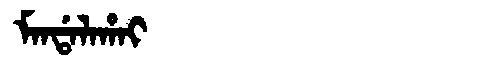
Manchu: ᠮᠠᠨᡩᠠᠯᠠᡥᠠᡳ
Romanization: MANDALAHAI